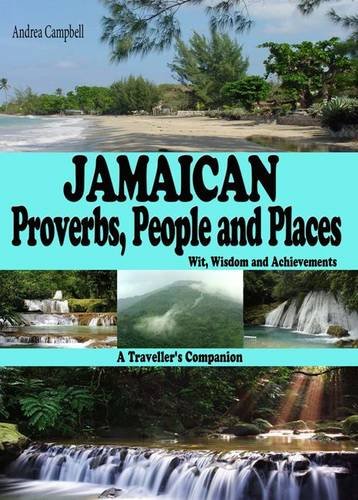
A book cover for Jamaican Proverbs, People and Places: Wit, Wisdom and Achievements - A Traveller's Companion; Andrea Campbell; Travel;